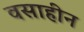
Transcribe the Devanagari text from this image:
वसाहीन